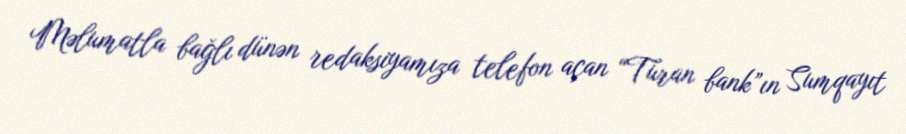
Məlumatla bağlı dünən redaksiyamıza telefon açan “Turan bank”ın Sumqayıt